system: You are a helpful assistant.
user:
Analyze the provided spectrum to determine if it is a **S-type Star**.

- **Key Indicators for S-type Star:**

    - **(Overall Spectrum Shape):** The first and most obvious characteristic is the overall continuum (the "baseline" shape). It is **extremely "red-sloping,"** meaning the flux (light intensity) is very low on the left side (blue, ~4000-4500 Å) and rises steeply and continuously toward the right side (red, ~7000 Å+).

    - **(Primary):** The spectrum is defined by the presence of strong, broad molecular absorption "valleys" (bands) from **Zirconium Oxide (ZrO)**. The identification of these bands is the **primary requirement** for classifying a star as S-type.
        - **(Key Bandheads):** You must find distinct, deep "dips" where the light has been absorbed. The most critical band systems to locate are:
            - **~6474 Å** ($\gamma$-system): This is often the strongest and clearest ZrO feature, found in the red part of the spectrum.
            - **~5718 Å** & **~5551 Å** ($\beta$-system): A pair of prominent absorption features in the yellow-orange part of the spectrum.
            - **~4640 Å** ($\alpha$-system): A key absorption band system in the blue-green region of the spectrum.

    - **(Secondary Confirmation):** The classification is strengthened by finding additional absorption bands from other related heavy element oxides, which are expected to be present alongside ZrO.
        - **(Key Bandheads):**
            - **Yttrium Oxide (YO):** Look for absorption dips near **~4800 Å** and **~6100 Å**.
            - **Lanthanum Oxide (LaO):** Additional absorption features, particularly in the red-orange part of the spectrum, are also characteristic.

    - **(Line Profile):** The combination of the steep red continuum and these numerous, deep molecular bands (ZrO, YO, etc.) gives the entire spectrum a very **"chopped-up"** or **"bumpy"** appearance. Instead of a smooth curve, the spectrum looks as though large, wide chunks of light have been "carved out" of it at the specific wavelengths listed above.

Think first, call **spectral_visualization_tool** if needed to examine features in detail, then provide your final answer. Your response must adhere to the following strict rules:
1.  **Overall Structure:** Your response must follow the format `<think>...</think> <tool_call>...</tool_call> (if a tool is used) <answer>...</answer>`.
2.  **Tool Usage Constraint:** You may only make **one** tool call per turn.
3.  **Final Answer Format:** In the `<answer>` tag, your conclusion must be inside a `\boxed{}` command (e.g., `\boxed{YES}` or `\boxed{NO}`), followed by your justification.

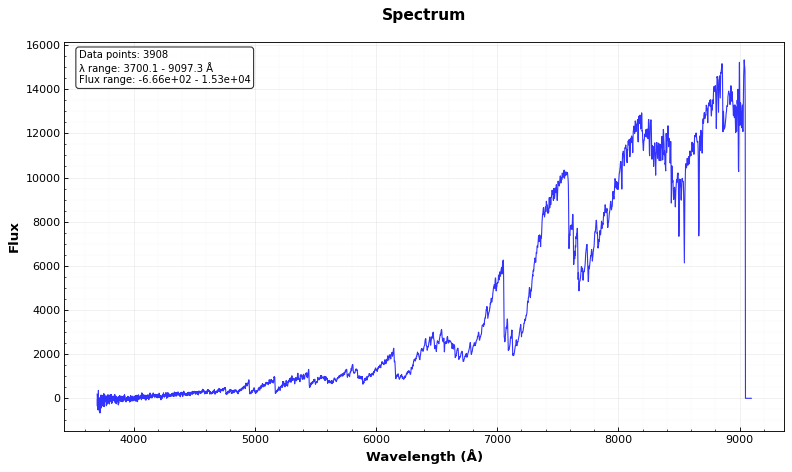
Answer: YES